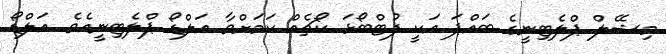
މިޝޭލް ޕްލެޓިނީގެ ބައްޕަ އަކީ ފުޓްބޯޅަ ކޯޗެއް ކަމަށްވާ އަލްޑޯ ޕްލެޓިނީއެވެ. އަލްޑޯ